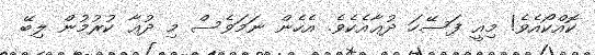
ކޮއްކޯއެވެ! މިއީ ފަސޭހަ ދުޢާއެކެވެ. އެހެން ނަމަވެސް މި ދުޢާ ކުރުމުން ލިބޭ